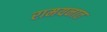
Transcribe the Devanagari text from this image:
रामयनात